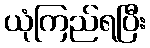
ယုံကြည်ရပြီး